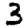
Digit: 3